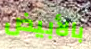
بالأبيض